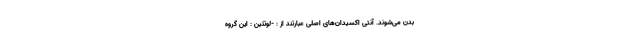
بدن می‌شوند. آنتی اکسیدان‌های اصلی عبارتند از : -لوتئین : این گروه